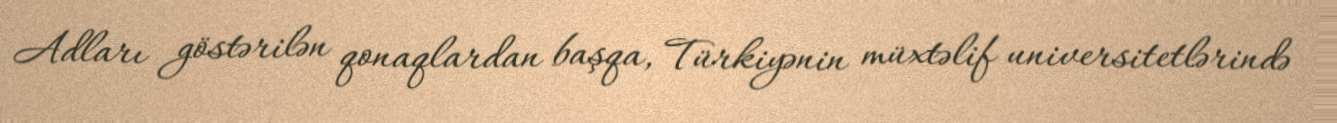
Adları göstərilən qonaqlardan başqa, Türkiyənin müxtəlif universitetlərində